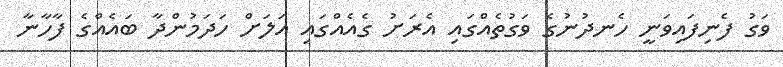
ވަގު ފެނިފައިވަނީ ހެނދުނުގެ ވަގުތެއްގައި އެރަށު ގެއެއްގައި އަލަށް ހަދަމުންދާ ބައެއްގެ ފާހާނާ